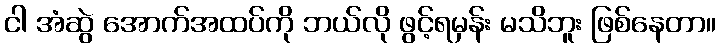
ငါ အံဆွဲ အောက်အထပ်ကို ဘယ်လို ဖွင့်ရမှန်း မသိဘူး ဖြစ်နေတာ။